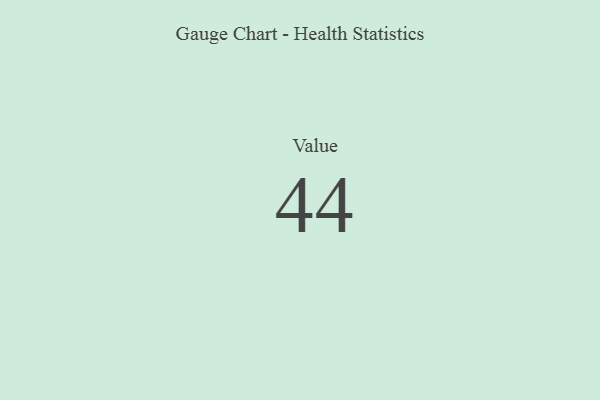
{"axis": {"x": "Metric", "y": "Value"}, "legend": [""], "data": [{"x": "Value", "y": 44, "type": ""}]}